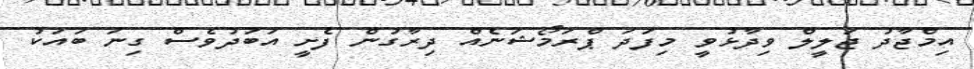
އިމްޖާދު ޖަލީލް ވިދާޅުވީ މިފަދަ ޕްރަމޯޝަނެއް ދިރާގުން ފެށީ އަބަދުވެސް ގިނަ ބައަކު